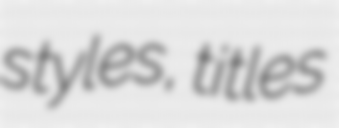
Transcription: styles, titles